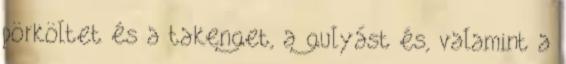
pörköltet és a takenget, a gulyást és, valamint a